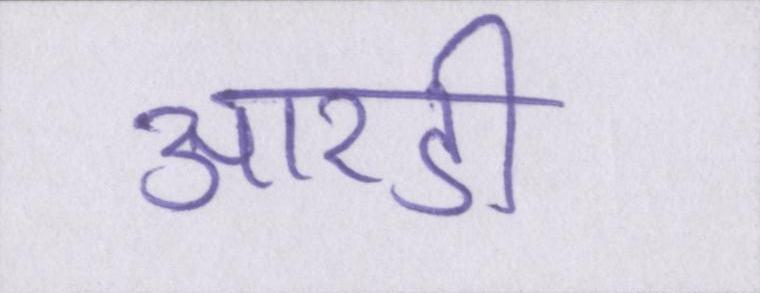
आरडी